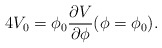
\begin{align*}4V_0 =\phi_0 {\partial V \over \partial \phi} (\phi= \phi_0) .\end{align*}